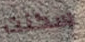
سكنت